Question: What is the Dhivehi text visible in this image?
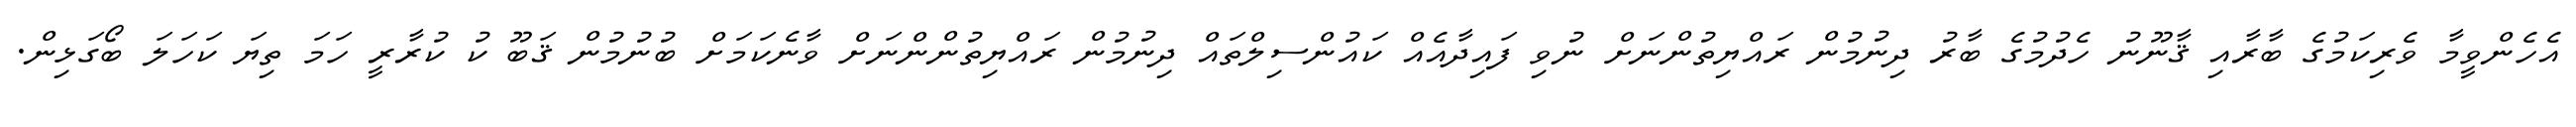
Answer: އެހެންވީމާ ވެރިކަމުގެ ބާރާއި ޤާނޫނު ހެދުމުގެ ބާރު ދިނުމުން ރައްޔިތުންނަށް ނުވި ފައިދާއެއް ކައުންސިލްތައް ދިނުމުން ރައްޔިތުންންނަށް ވާނެކަމަށް ބުނުމުން ޤަބޫ ކު ކުރާރީ ހަމަ ތިޔަ ކަހަލަ ބޯގަޅިން.